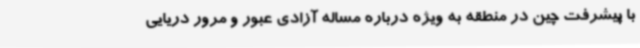
با پیشرفت چین در منطقه به ویژه درباره مساله آزادی عبور و مرور دریایی